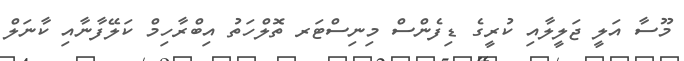
މޫސާ އަލީ ޖަލީލާއި ކުރީގެ ޑިފެންސް މިނިސްޓަރ ތޮލްހަތު އިބްރާހިމް ކަލޭފާނާއި ކާނަލް